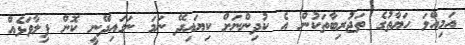
އަމިއްލަ ހަޔާތުގެ ތަޖުރިބާތަކުން އެ ކުދިންނަށް ކިޔައިދޭ ނަމަ ނަގައިދޭނީ ކޮން ފިލާވަޅެއް